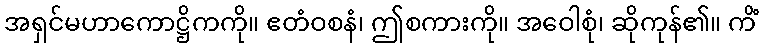
အရှင်မဟာကောဋ္ဌိကကို။ ဧတံဝစနံ၊ ဤစကားကို။ အဝေါစုံ၊ ဆိုကုန်၏။ ကိံ